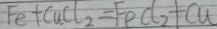
F e + C u C l _ { 2 } = F \rho e C l _ { 2 } + C u